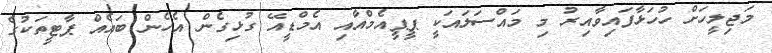
މަޖިލީހަށް ހުހަޅާފައިވާއިރު މި މައްސަލައަކީ ޕީޕީއެމްއާއި އެމްޑީއޭ ގުޅިގެން އެހެން ބައެއް ޕާޓީތަކުގެ